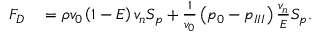
\begin{array} { r l } { F _ { D } } & { { } = { } \rho v _ { 0 } \left( 1 - E \right) { v _ { n } } { S _ { p } } + \frac { 1 } { v _ { 0 } } \left( p _ { 0 } - p _ { I I I } \right) \frac { { v _ { n } } } { E } { S _ { p } } . } \end{array}